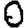
Digit: 0